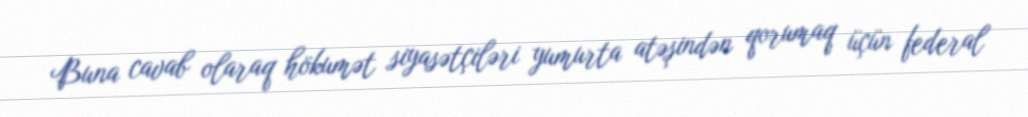
Buna cavab olaraq hökumət siyasətçiləri yumurta atəşindən qorumaq üçün federal